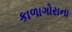
કાળાગોરાના